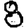
Digit: 8